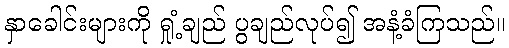
နှာခေါင်းများကို ရှုံ့ချည် ပွချည်လုပ်၍ အနံ့ခံကြသည်။